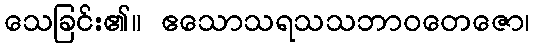
သေခြင်း၏။ ဧသောသရသသဘာဝတေဇော၊